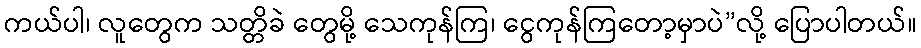
ကယ်ပါ၊ လူတွေက သတ္တိခဲ တွေမို့ သေကုန်ကြ၊ ငွေကုန်ကြတော့မှာပဲ”လို့ ပြောပါတယ်။